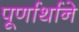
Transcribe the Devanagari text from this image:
पूर्णार्थाने